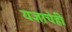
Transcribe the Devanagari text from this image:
यज्ञाचेही